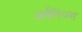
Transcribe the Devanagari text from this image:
अर्बनिज्म